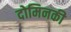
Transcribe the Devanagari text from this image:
दोमिनकी